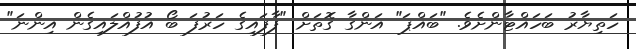
ހަތިޔާރު ބަހައްޓާންށެވެ. "ބައްޕަ" އަންގާ ގޮތަށް "ފާފައިގެ ހަރުފަ ބޯ އުފުއްލައިގެން އިންނަ"